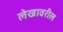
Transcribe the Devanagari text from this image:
लेखावरील